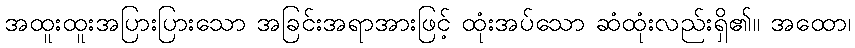
အထူးထူးအပြားပြားသော အခြင်းအရာအားဖြင့် ထုံးအပ်သော ဆံထုံးလည်းရှိ၏။ အထော၊